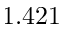
1 . 4 2 1